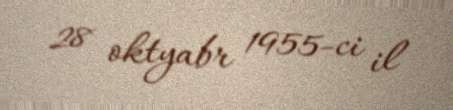
28 oktyabr 1955-ci il